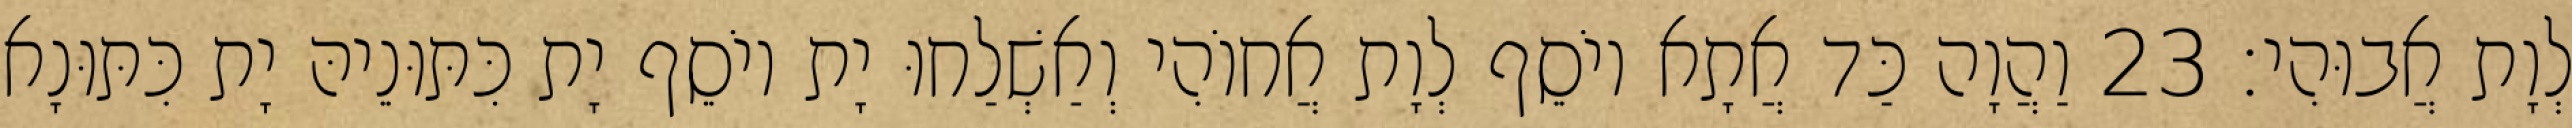
לְוָת אֲבוּהִי׃ 23 וַהֲוָה כַּד אֲתָא יוֹסֵף לְוָת אֲחוֹהִי וְאַשְׁלַחוּ יָת יוֹסֵף יָת כִּתּוּנֵיהּ יָת כִּתּוּנָא